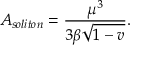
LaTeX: A _ { s o l i t o n } = \frac { \mu ^ { 3 } } { 3 \beta \sqrt { 1 - v } } .